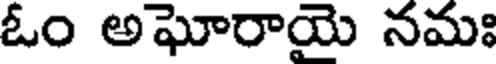
ఓం అఘోరాయె నమః